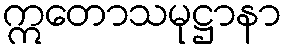
ဣတောသမုဋ္ဌာနာ